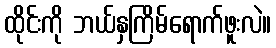
ထိုင်းကို ဘယ်နှကြိမ်ရောက်ဖူးလဲ။